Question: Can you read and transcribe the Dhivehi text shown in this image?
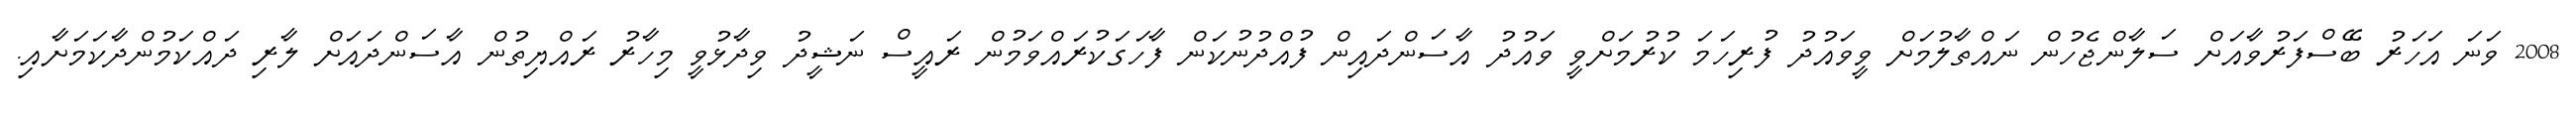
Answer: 2008 ވަނަ އަހަރު ބޭސްފަރުވާއަށް ސަލާންޖެހުން ނައްތާލުމަށް ވީވައުދު ފުރިހަމަ ކުރުމަށްވީ ވައުދު އާސަންދައިން ފުއްދުނުކަން ފާހަގަކުރައްވަމުން ރައީސް ނަޝީދު ވިދާޅުވީ މިހާރު ރައްޔިތުން އާސަންދައަށް ލާރި ދައްކަމުންދާކަމަށާއި.